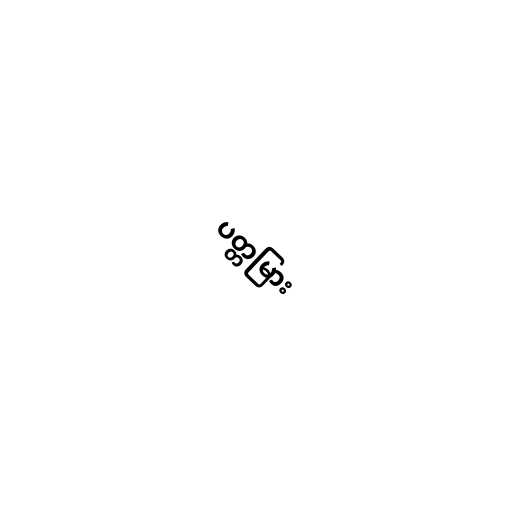
ပတ္တမြား